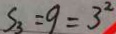
S _ { 3 } = 9 = 3 ^ { 2 }